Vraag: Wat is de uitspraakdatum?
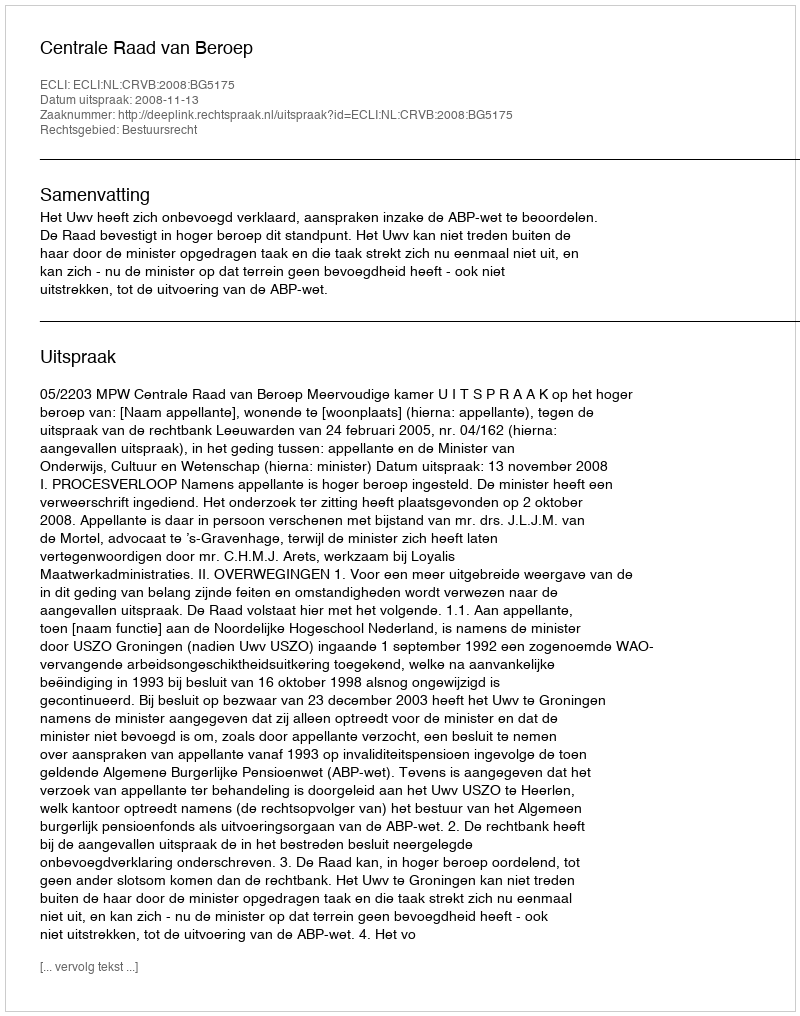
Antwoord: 2008-11-13